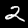
Digit: 2